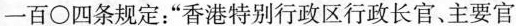
一百\bigcirc四条规定：”香港特别行政区行政长官、主要官